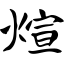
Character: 煊